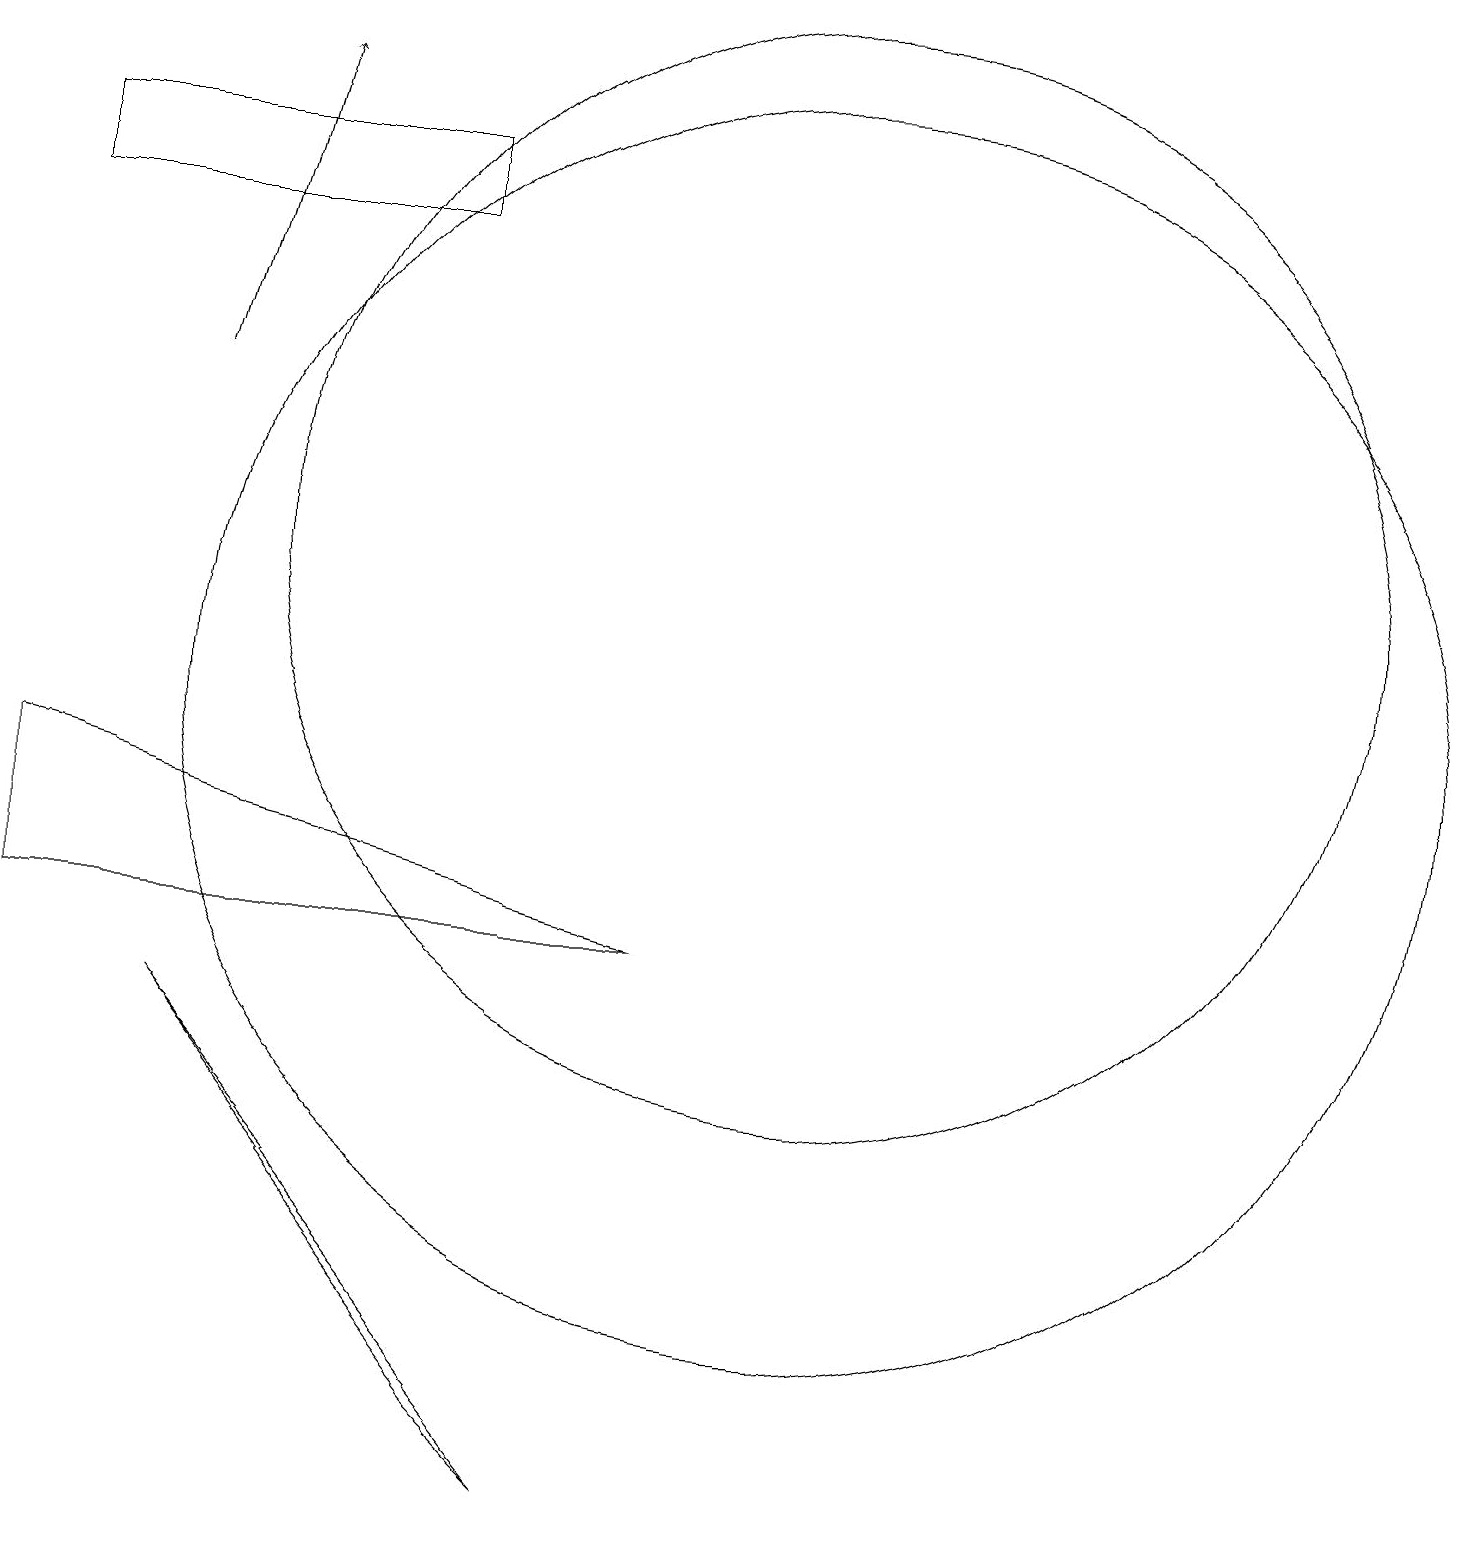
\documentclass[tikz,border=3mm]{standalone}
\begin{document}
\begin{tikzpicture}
\draw (7,0) -- (2,6) -- (6,1) -- cycle;
\draw[->] (2,14) -- (3,18);
\draw (10,12) circle (7);
\draw (8,7) -- (0,9) -- (0,7) -- cycle;
\draw (10,10) circle (8);
\draw (5,16) rectangle (0,17);
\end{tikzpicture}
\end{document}